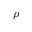
\rho